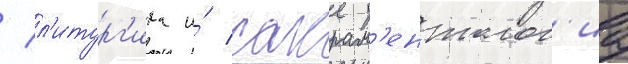
/ л'итург'ика и́ сакрам'ентолог'иа